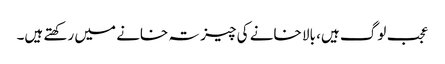
عجب لوگ ہیں، بالا خانے کی چیز تہ خانے میں رکھتے ہیں۔